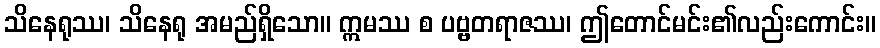
သိနေရုဿ၊ သိနေရု အမည်ရှိသော။ ဣမဿ စ ပဗ္ဗတရာဇဿ၊ ဤတောင်မင်း၏လည်းကောင်း။